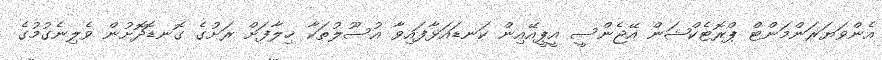
އެންވަޔަރަންމަންޓް ޕްރޮޓެކްޝަން އޭޖެންސީ އީޕީއޭއިން ކަނޑައަޅާފައިވާ އުސޫލުތަކާ ޚިލާފަށް ރަށުގެ ގޮނޑޮދޮށުން ވެލިނެގުމުގެ